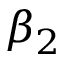
\beta _ { 2 }